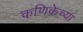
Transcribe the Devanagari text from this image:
कणिकेच्या